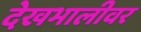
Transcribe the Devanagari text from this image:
देखभालीवर